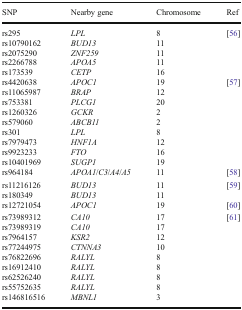
<table><thead><tr><td><b>SNP</b></td><td><b>Nearby gene</b></td><td><b>Chromosome</b></td><td><b>Ref</b></td></tr></thead><tbody><tr><td>rs295rs10790162rs2075290rs2266788rs173539</td><td><i>LPL</i><i>BUD13</i><i>ZNF259</i><i>APOA5</i><i>CETP</i></td><td>811111116</td><td>[56]</td></tr><tr><td>rs4420638rs11065987rs753381rs1260326rs579060rs301rs7979473rs9923233rs10401969</td><td><i>APOC1</i><i>BRAP</i><i>PLCG1</i><i>GCKR</i><i>ABCB11</i><i>LPL</i><i>HNF1A</i><i>FTO</i><i>SUGP1</i></td><td>191220228121619</td><td>[57]</td></tr><tr><td>rs964184</td><td><i>APOA1</i>/<i>C3</i>/<i>A4</i>/<i>A5</i></td><td>11</td><td>[58]</td></tr><tr><td>rs11216126rs180349</td><td><i>BUD13</i><i>BUD13</i></td><td>1111</td><td>[59]</td></tr><tr><td>rs12721054</td><td><i>APOC1</i></td><td>19</td><td>[60]</td></tr><tr><td>rs73989312rs73989319rs7964157rs77244975rs76822696rs16912410rs62526240rs55752635rs146816516</td><td><i>CA10</i><i>CA10</i><i>KSR2</i><i>CTNNA3</i><i>RALYL</i><i>RALYL</i><i>RALYL</i><i>RALYL</i><i>MBNL1</i></td><td>1717121088883</td><td>[61]</td></tr></tbody></table>